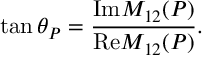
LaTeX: \tan { \theta } _ { P } = \frac { \mathrm { { I m } } M _ { 1 2 } ( P ) } { { \mathrm { R e } } M _ { 1 2 } ( P ) } .